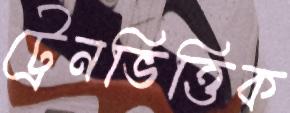
ট্রেনভিত্তিক